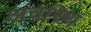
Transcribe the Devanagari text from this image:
अवस्थि